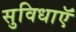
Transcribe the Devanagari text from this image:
सुविधाऍं